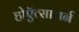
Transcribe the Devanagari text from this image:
होऍत्सालर्न